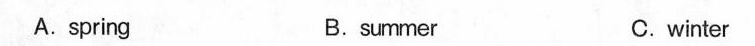
A.spring B.summer C.winter